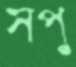
সপু